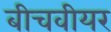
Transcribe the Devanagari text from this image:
बीचवीयर